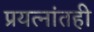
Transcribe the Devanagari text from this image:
प्रयत्‍नांतही